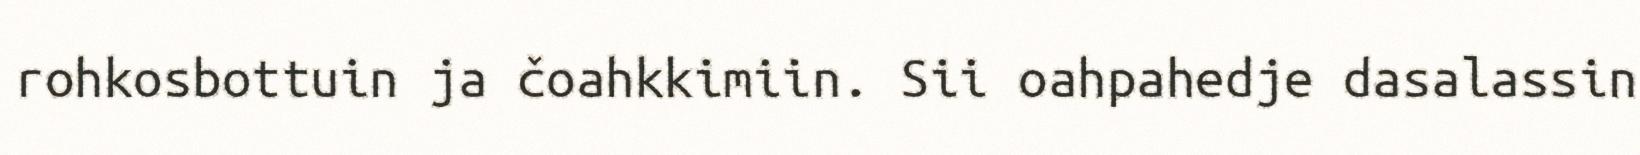
rohkosbottuin ja čoahkkimiin. Sii oahpahedje dasalassin